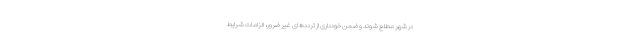
در شهر مطلع شوند و ضمن خودداری از ترددهای غیر ضرور، الزامات شرایط